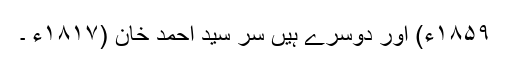
۱۸۵۹ء) اور دوسرے ہیں سر سید احمد خان (۱۸۱۷ء ۔